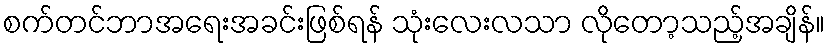
စက်တင်ဘာအရေးအခင်းဖြစ်ရန် သုံးလေးလသာ လိုတော့သည့်အချိန်။